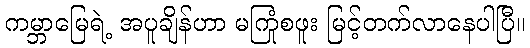
ကမ္ဘာမြေရဲ့ အပူချိန်ဟာ မကြုံစဖူး မြင့်တက်လာနေပါပြီ။